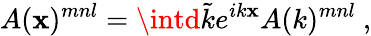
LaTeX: A(\mathbf{x})^{mnl}=\intd\tilde{{k}}e^{ik\mathbf{x}}A(k)^{mnl}\ ,